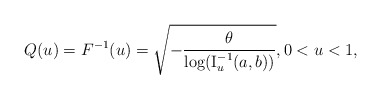
\begin{align*}Q(u) = F^{-1}(u)=\sqrt{-\frac{\theta}{\log (\operatorname{I}^{-1}_{u}(a,b))}},0<u<1,\end{align*}